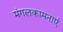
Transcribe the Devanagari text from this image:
मंगलकामनाएं